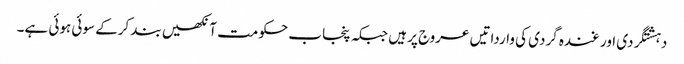
دہشتگردی اور غندہ گردی کی وارداتیں عروج پر ہیں جبکہ پنجاب حکومت آنکھیں بند کرکے سوئی ہوئی ہے۔